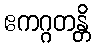
ဧကဂ္ဂတန္တိ